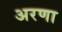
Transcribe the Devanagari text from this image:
अरणा